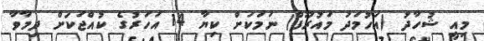
މިއީ ޝުހާދު (އަހުމަދު މައުރޫފް) ނަމަކަށް ކިޔާ 14 އަހަރުގެ ކުއްޖަކަށް ދިމާވާ